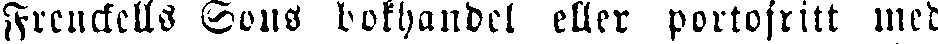
Frenckells Sons bokhandel eller portofritt med